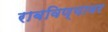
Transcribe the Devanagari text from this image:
राबविण्यावर